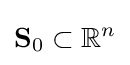
\mathbf {S} _{0}\subset \mathbb {R} ^{n}